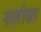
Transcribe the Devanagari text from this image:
नस्लीयता